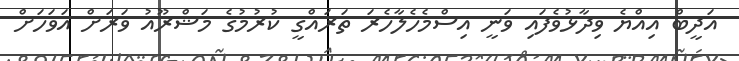
އަދީބް އިއްޔެ ވިދާޅުވެފައި ވަނީ އިސްމެހެލާހެރަ ތަރައްގީ ކުރުމުގެ މަޝްރޫއު ވަރަށް އަވަހަށް